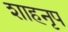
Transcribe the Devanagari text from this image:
शाहनृप